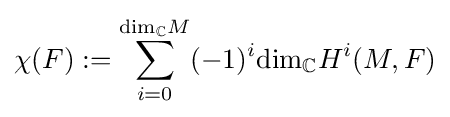
\chi (F):=\sum _{i=0}^{{\text{dim}}_{\mathbb {C} }M}(-1)^{i}{\text{dim}}_{\mathbb {C} }H^{i}(M,F)